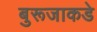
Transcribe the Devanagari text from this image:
बुरूजाकडे